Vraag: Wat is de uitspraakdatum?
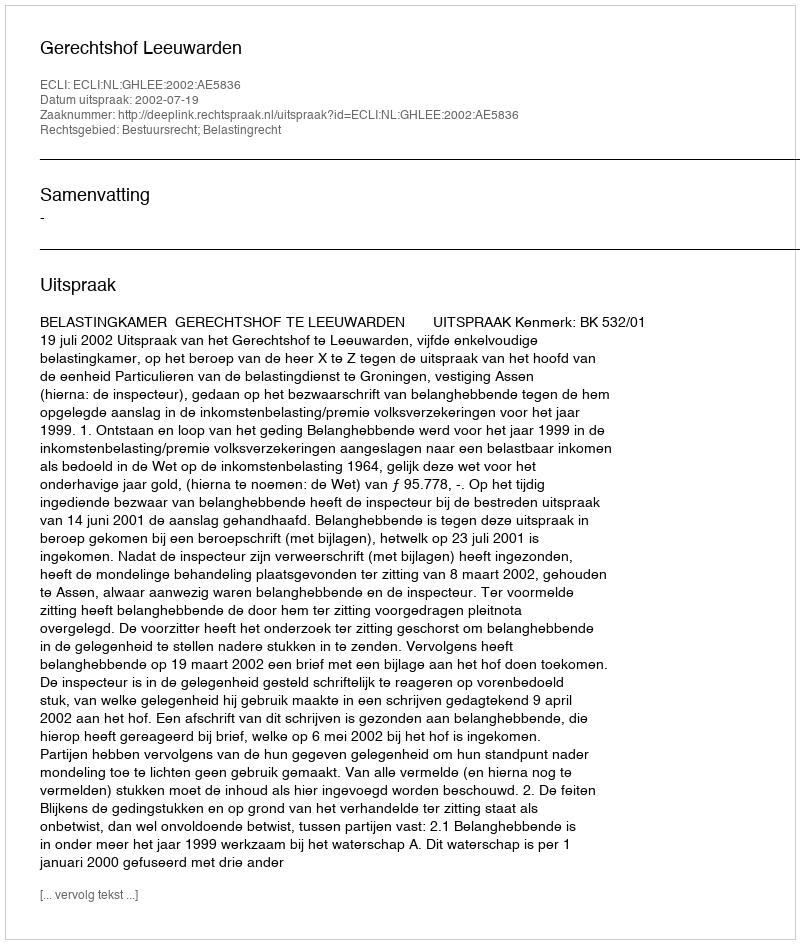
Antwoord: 2002-07-19